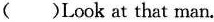
()Look at that man.